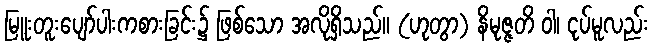
မြူးတူးပျော်ပါးကစားခြင်း၌ ဖြစ်သော အလိုရှိသည်။ (ဟုတွာ) နိမုဇ္ဇတိ ဝါ၊ ငုပ်မူလည်း